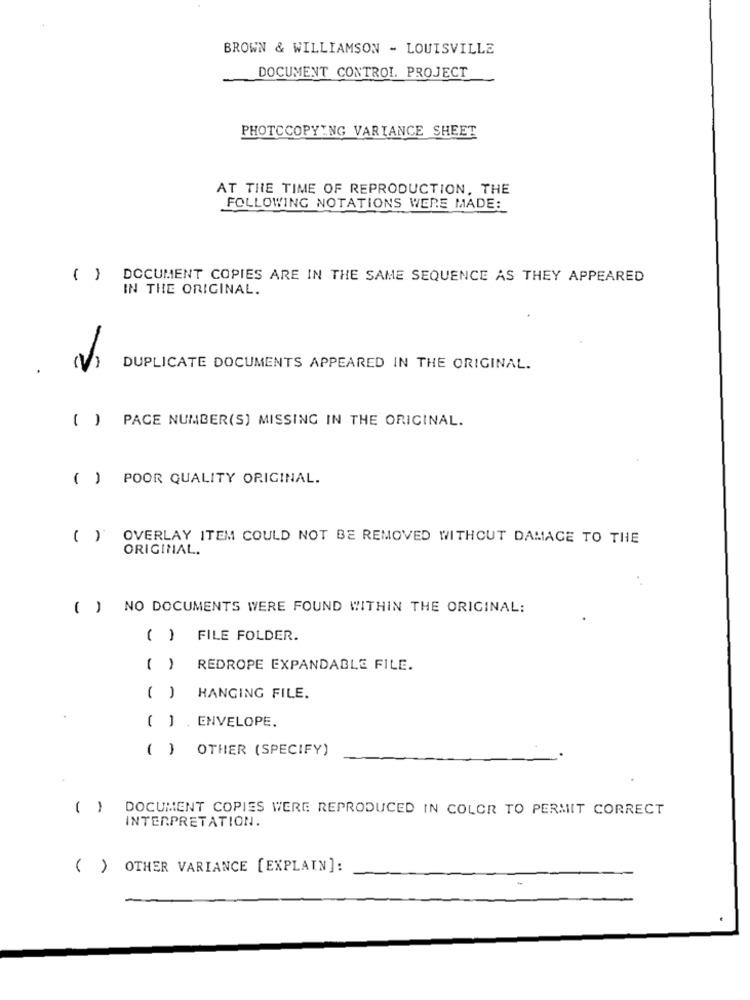
BROWN & WILLIAMSON - LOUISVILLE
DOCUMENT CONTROL. PROJECT
PHOTOCOPYING VARIANCE SHEET
AT THE TIME OF REPRODUCTION, THE
FOLLOWING NOTATIONS WERE MADE:
( ) DOCUMENT COPIES ARE IN THE SAME SEQUENCE AS THEY APPEARED
IN THE ORIGINAL.
(V)
DUPLICATE DOCUMENTS APPEARED IN THE ORIGINAL.
( ) PAGE NUMBER(S) MISSING IN THE ORIGINAL.
( ) POOR QUALITY ORIGINAL.
( ) OVERLAY ITEM COULD NOT BE REMOVED WITHOUT DAMAGE TO THE
ORIGINAL.
( ) NO DOCUMENTS WERE FOUND WITHIN THE ORIGINAL:
( ) FILE FOLDER.
( )
REDROPE EXPANDABLE FILE.
( )
HANGING FILE.
( ] . ENVELOPE.
( )
OTHER (SPECIFY)
( ) DOCUMENT COPIES WERE REPRODUCED IN COLOR TO PERMIT CORRECT
INTERPRETATION.
( ) OTHER VARIANCE [EXPLAIN]: